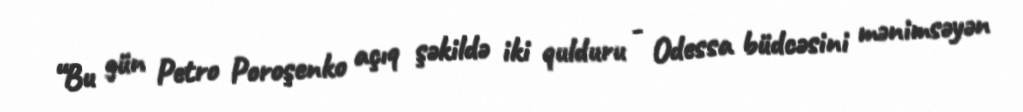
“Bu gün Petro Poroşenko açıq şəkildə iki qulduru - Odessa büdcəsini mənimsəyən